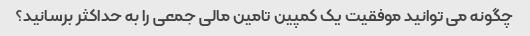
چگونه می توانید موفقیت یک کمپین تامین مالی جمعی را به حداکثر برسانید؟